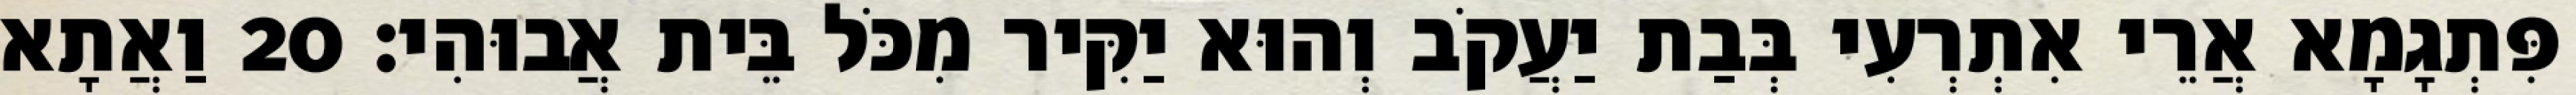
פִּתְגָמָא אֲרֵי אִתְרְעִי בְּבַת יַעֲקֹב וְהוּא יַקִּיר מִכֹּל בֵּית אֲבוּהִי׃ 20 וַאֲתָא